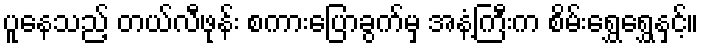
ပူနေသည့် တယ်လီဖုန်း စကားပြောခွက်မှ အနံ့ကြီးက စိမ်းရွှေရွှေနှင့်။